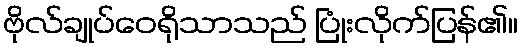
ဗိုလ်ချုပ်ဝေရိုသာသည် ပြုံးလိုက်ပြန်၏။